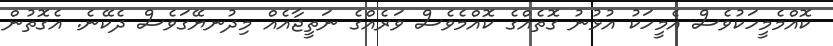
ކޮއްމެމީހަކުވެސް އެމީހަކު އުޅުނު ގޮތެއްގެ ކޮއްމެވެސް ވަރެއްގެ ނަތީޖާއެއް މިދުނޔޭގަވެސް ދެކޭނެ. އެގޮތުން